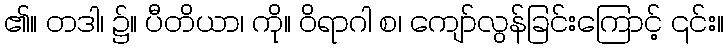
၏။ တဒါ၊ ၌။ ပီတိယာ၊ ကို။ ဝိရာဂါ စ၊ ကျော်လွန်ခြင်းကြောင့် ၎င်း။